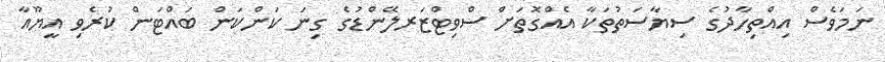
ނަމަވެސް އިއްތިހާދުގެ ސިޔާސަތުތަކާ އެއްގޮތަށް ސްވިޓްޒަރލޭންޑުގެ ގިނަ ކަންކަން ބައްޓަން ކުރެވި އީޔޫއާ